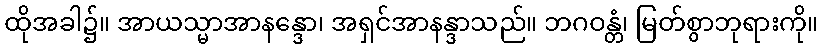
ထိုအခါ၌။ အာယသ္မာအာနန္ဒော၊ အရှင်အာနန္ဒာသည်။ ဘဂဝန္တံ၊ မြတ်စွာဘုရားကို။